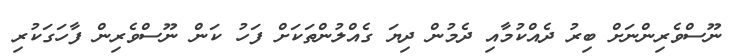
ނޫސްވެރިންނަށް ބިރު ދެއްކުމާއި ދެމުން ދިޔަ ގެއްލުންތަކަށް ފަހު ކަން ނޫސްވެރިން ފާހަގަކުރި